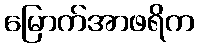
မြောက်အာဖရိက